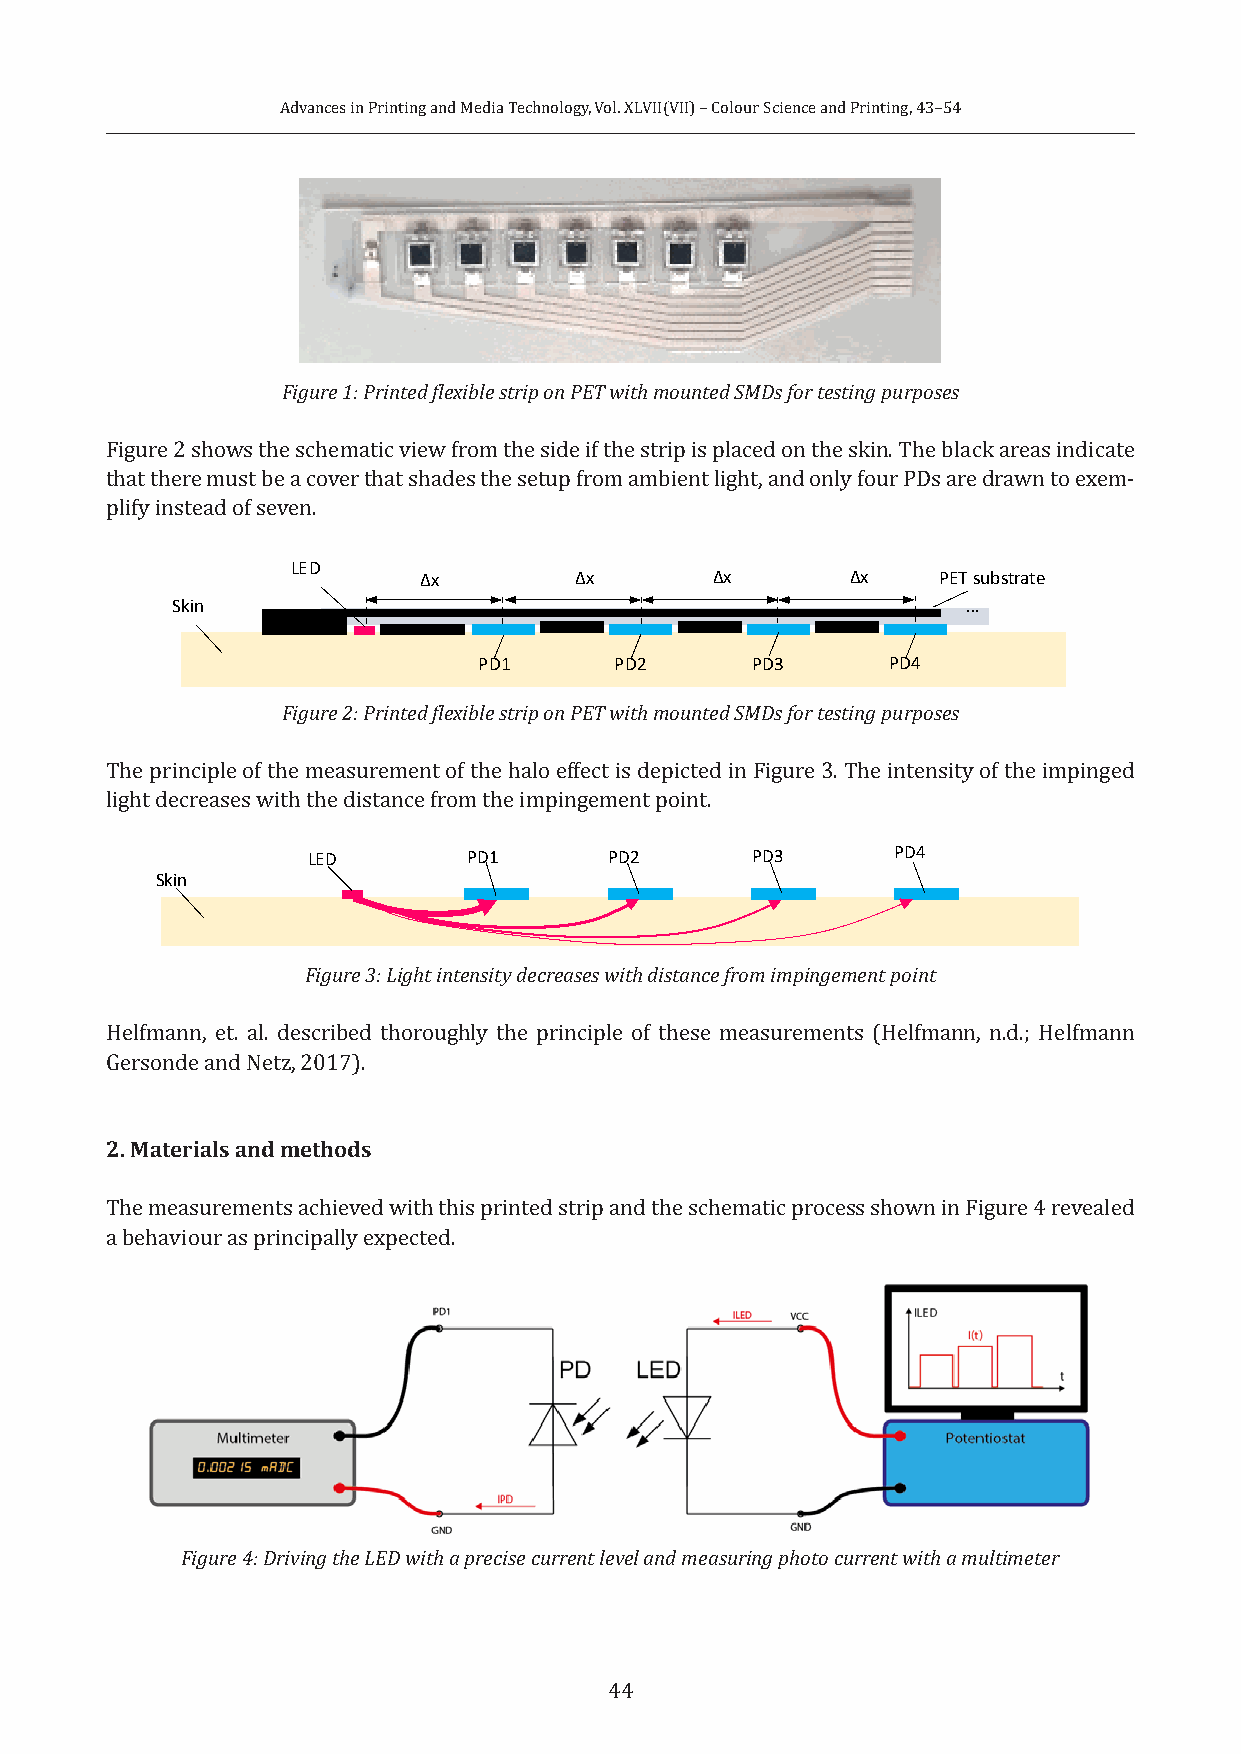
Advances in Printing and Media Technology, Vol. XLVII(VII) – Colour Science and Printing, 43–54
 Figure 1: Printed flexible strip on PET with mounted SMDs for testing purposes
 Figure 2 shows the schematic view from the side if the strip is placed on the skin. The black areas indicate
 that there must be a cover that shades the setup from ambient light, and only four PDs are drawn to exem-
 plify instead of seven.
 LED
 Δx        Δx       Δx       Δx    PET substrate
 Skin                                                 …
 PD1      PD2      PD3      PD4
 Figure 2: Printed flexible strip on PET with mounted SMDs for testing purposes
 The principle of the measurement of the halo effect is depicted in Figure 3. The intensity of the impinged
 light decreases with the distance from the impingement point.
 LED        PD1      PD2       PD3      PD4
 Skin
 Figure 3: Light intensity decreases with distance from impingement point
 Helfmann, et. al. described thoroughly the principle of these measurements (Helfmann, n.d.; Helfmann
 Gersonde and Netz, 2017).
 2. Materials and methods
 The measurements achieved with this printed strip and the schematic process shown in Figure 4 revealed
 a behaviour as principally expected.
 Figure 4: Driving the LED with a precise current level and measuring photo current with a multimeter
 44